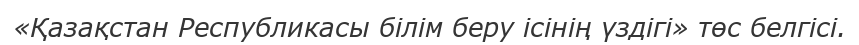
«Қазақстан Республикасы білім беру ісінің үздігі» төс белгісі.